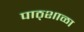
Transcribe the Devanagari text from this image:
पाठ्शाळा